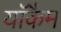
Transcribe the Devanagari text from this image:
याॅकैम